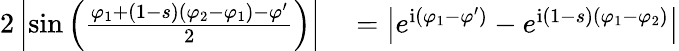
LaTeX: \begin{array}{rl}{2\left|\sin\left(\frac{\varphi_{1}+(1-s)(\varphi_{2}-\varphi_{1})-\varphi^{\prime}}{2}\right)\right|}&{{}=\left|e^{\mathrm{i}(\varphi_{1}-\varphi^{\prime})}-e^{\mathrm{i}(1-s)(\varphi_{1}-\varphi_{2})}\right|}\end{array}